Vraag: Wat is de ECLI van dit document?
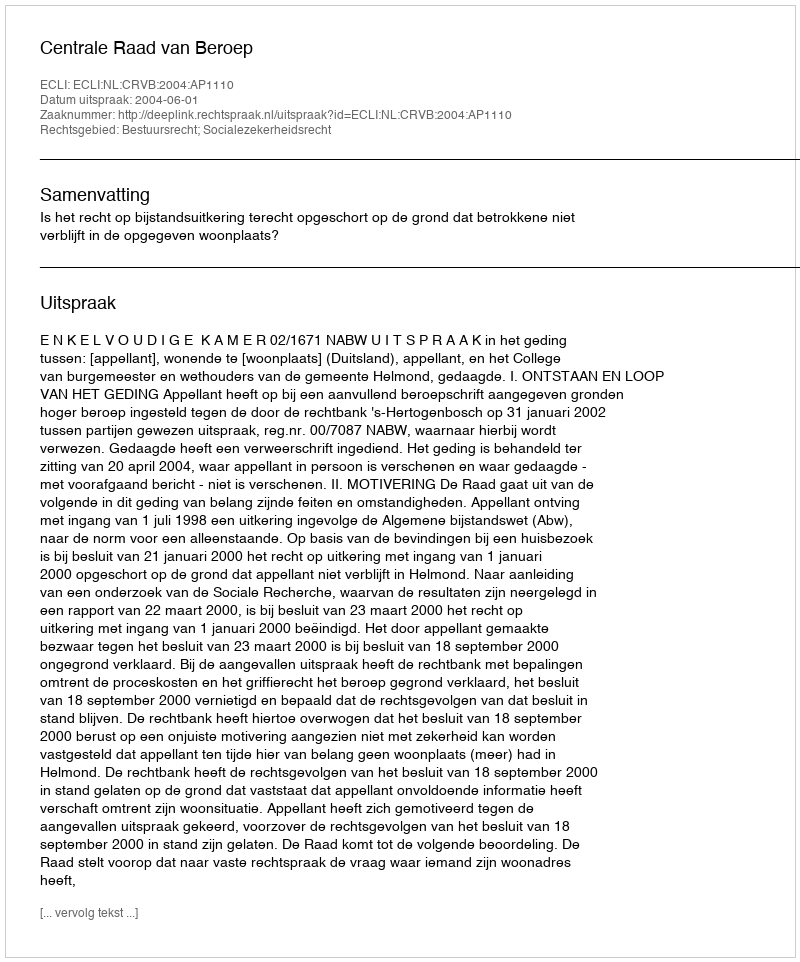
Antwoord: ECLI:NL:CRVB:2004:AP1110